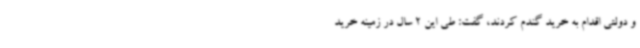
و دولتی اقدام به خرید گندم کردند، گفت: طی این 2 سال در زمینه خرید